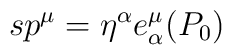
s p^{\mu} = \eta^{\alpha}e_{\alpha}^{\mu}(P_0)